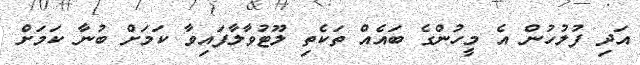
އަދި ފުލުހުން އެ މީހުންގެ ބައެއް ތަކެތި ލޫޓުވާލާފައިވާ ކަމަށް ބުނާ ކަމަށް